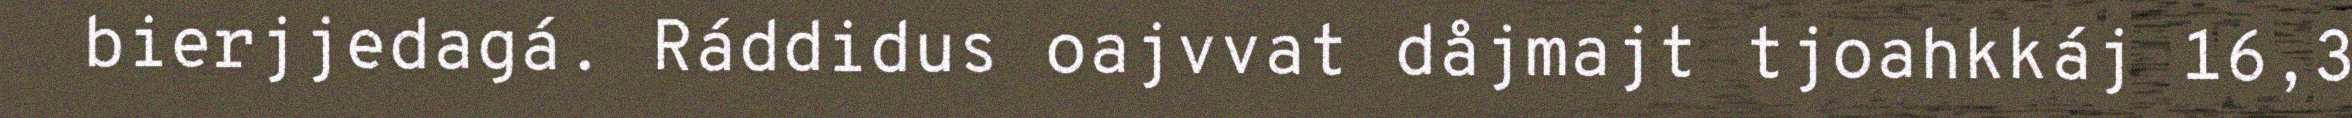
bierjjedagá. Ráddidus oajvvat dåjmajt tjoahkkáj 16,3